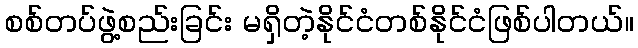
စစ်တပ်ဖွဲ့စည်းခြင်း မရှိတဲ့နိုင်ငံတစ်နိုင်ငံဖြစ်ပါတယ်။